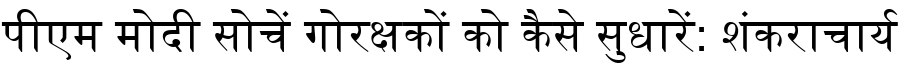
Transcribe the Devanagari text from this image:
पीएम मोदी सोचें गोरक्षकों को कैसे सुधारें: शंकराचार्य